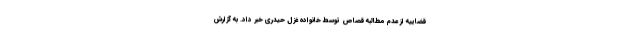
قضاییه از عدم مطالبه قصاص توسط خانواده غزل حیدری خبر داد. به گزارش